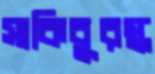
সাকিবুরস্ক